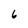
Character: 6